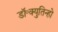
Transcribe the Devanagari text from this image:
डॉ॰क्युतिन्हो